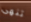
تنهى